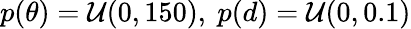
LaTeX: p(\theta)=\mathcal{U}(0,150),\ p(d)=\mathcal{U}(0,0.1)